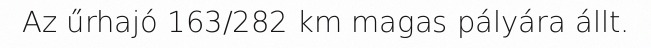
Az űrhajó 163/282 km magas pályára állt.